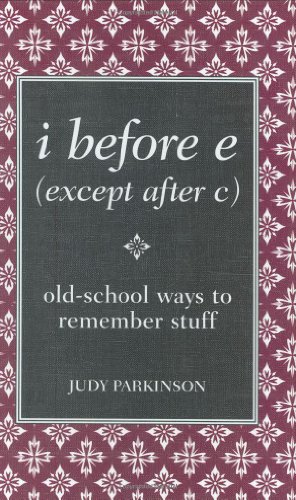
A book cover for i before e (except after c): old-school ways to remember stuff; Parkinson Judy; Literature & Fiction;